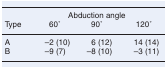
<table><thead><tr><td></td><td colspan="3"><b>Abduction angle</b></td></tr><tr><td><b>Type</b></td><td><b>60 ̊</b></td><td><b>90 ̊</b></td><td><b>120 ̊</b></td></tr></thead><tbody><tr><td>A</td><td>–2 (10)</td><td>6 (12)</td><td>14 (14)</td></tr><tr><td>B</td><td>–9 (7)</td><td>–8 (10)</td><td>–3 (11)</td></tr></tbody></table>